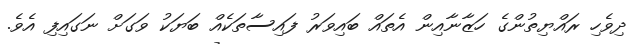
ދިވެހި ރައްޔިތުންގެ ހަޒާނާއިން އެތައް ބައިވަރު ފައިސާތަކެއް ބަޔަކު ވަގަށް ނަގައިފި އެވެ.